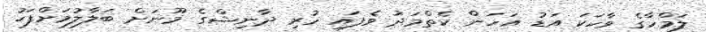
ލަމްހާގެ ވާހަކަ އަޑު އަހަން ކެތްމަދު ވެފައި ހުރި ދާނިޝްގެ މޫނަށް ބަލާލުމަށްފަހު